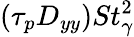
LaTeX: (\tau_{p}D_{yy})St_{\gamma}^{2}